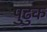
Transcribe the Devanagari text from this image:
पुढुक